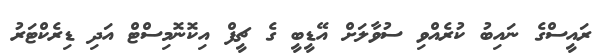
ރައީސްގެ ނައިބު ކުރެއްވި ސުވާލަށް އޭޑީބީ ގެ ޗީފް އިކޮނޮމިސްޓް އަދި ޑިރެކްޓަރު